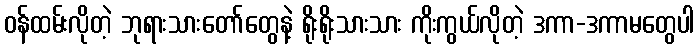
ဝန်ထမ်းလိုတဲ့ ဘုရားသားတော်တွေနဲ့ ရိုးရိုးသားသား ကိုးကွယ်လိုတဲ့ ဒကာ-ဒကာမတွေပါ